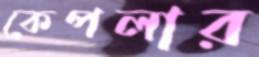
কেপলার